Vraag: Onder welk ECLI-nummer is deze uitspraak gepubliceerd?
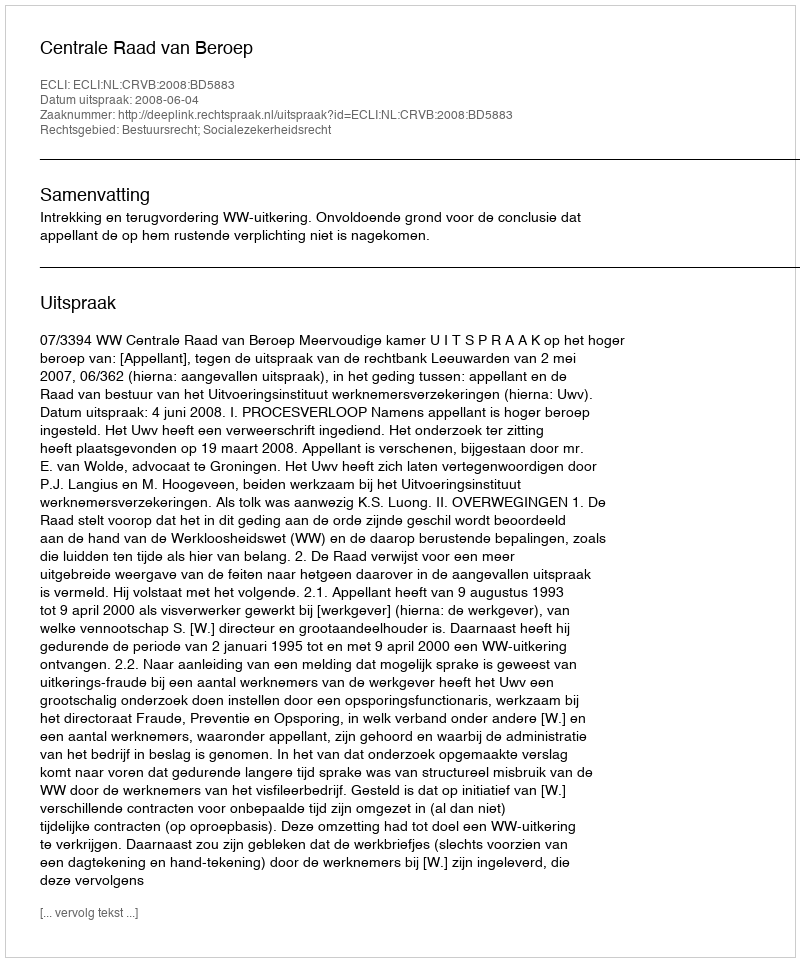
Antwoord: ECLI:NL:CRVB:2008:BD5883